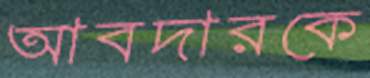
আবদারকে